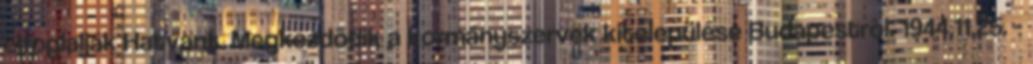
elfoglalják Hatvant. Megkezdõdik a kormányszervek kitelepülése Budapestrõl. 1944.11.25. -